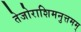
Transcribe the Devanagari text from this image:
तेजोराशिमनुत्तमम्